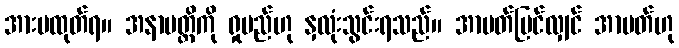
အားမထုတ်ရ။ အနာပတ္တိကို ရှုမည်ဟု နှလုံးသွင်းရသည်။ အာပတ်မြင်လျှင် အာပတ်ဟု